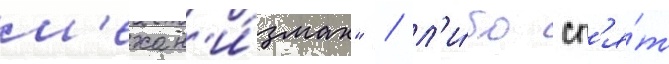
м'ехан'и́змах" / л'и́бо сп'я́т